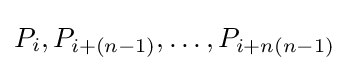
P_{i},P_{i+(n-1)},\ldots ,P_{i+n(n-1)}